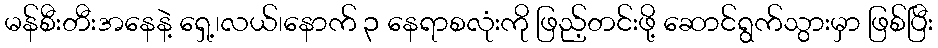
မန်စီးတီးအနေနဲ့ ရှေ့၊လယ်၊နောက် ၃ နေရာစလုံးကို ဖြည့်တင်းဖို့ ဆောင်ရွက်သွားမှာ ဖြစ်ပြီး